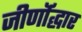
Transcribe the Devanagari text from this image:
जीर्णॉद्धार